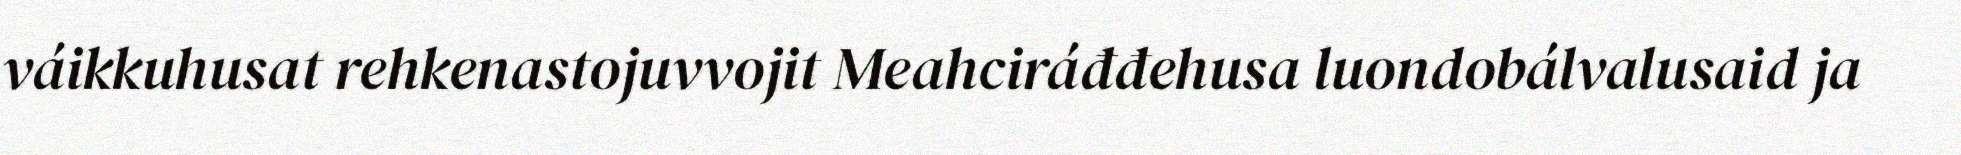
váikkuhusat rehkenastojuvvojit Meahciráđđehusa luondobálvalusaid ja